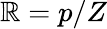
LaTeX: \mathbb{R}=p/Z